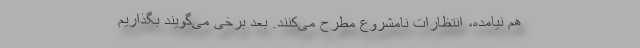
هم نیامده‌، انتظارات نامشروع مطرح می‌کنند. بعد برخی می‌گویند بگذاریم